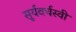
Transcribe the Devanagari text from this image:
सूर्यवर्चस्वी